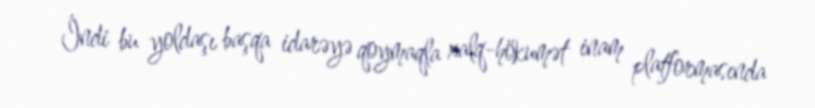
İndi bu yoldaşı başqa idarəyə qoymaqla xalq-hökumət inam platformasında